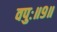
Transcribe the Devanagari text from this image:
वपुः॥९॥